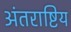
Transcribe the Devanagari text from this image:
अंतराष्टिय